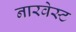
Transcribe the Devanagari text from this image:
नारवेस्ट